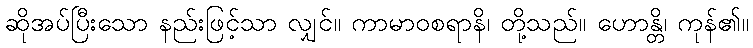
ဆိုအပ်ပြီးသော နည်းဖြင့်သာ လျှင်။ ကာမာဝစရာနိ၊ တို့သည်။ ဟောန္တိ၊ ကုန်၏။